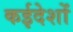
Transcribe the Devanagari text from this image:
कईदेशों